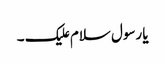
یا رسول سلام علیک ۔